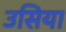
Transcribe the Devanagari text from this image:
उसिया